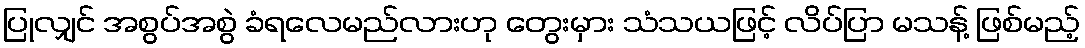
ပြုလျှင် အစွပ်အစွဲ ခံရလေမည်လားဟု တွေးမှား သံသယဖြင့် လိပ်ပြာ မသန့် ဖြစ်မည့်